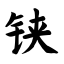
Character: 铗